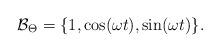
LaTeX: \begin{align*}\mathcal{B}_\Theta=\{1,\cos(\omega t),\sin(\omega t)\}.\end{align*}